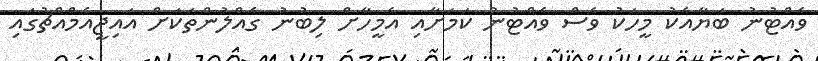
ވެއްޓުނު ބަޔާއެކު މީހަކު ވެސް ވެއްޓުނު ކަމަށާއި އެމީހާށް ލިބުނު ގެއްލުންތަކަށް އައިޖީއެމްއްޗުގައި